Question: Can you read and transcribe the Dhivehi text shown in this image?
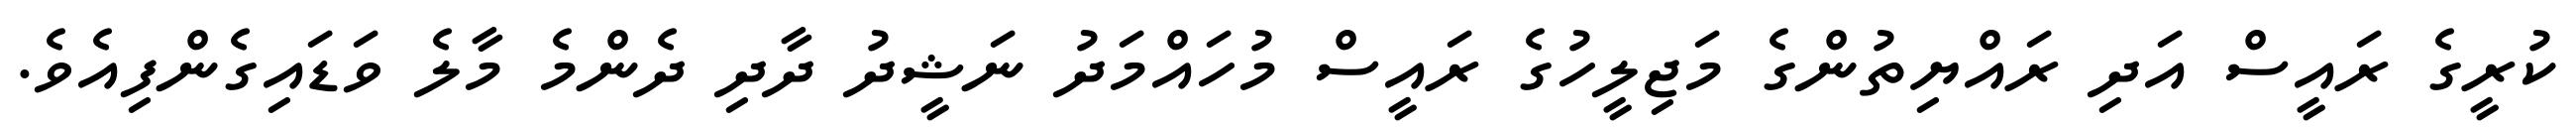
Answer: ކުރީގެ ރައީސް އަދި ރައްޔިތުންގެ މަޖިލީހުގެ ރައީސް މުހައްމަދު ނަޝީދު ދާދި ދެންމެ މާލެ ވަޑައިގެންފިއެވެ.